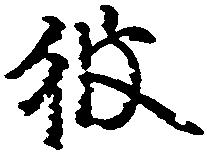
彼